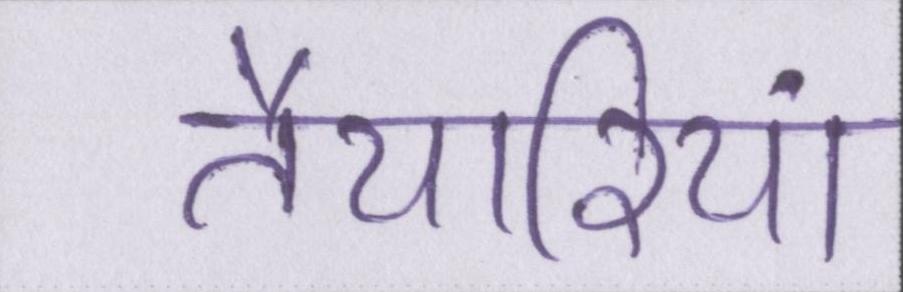
तैयारियां